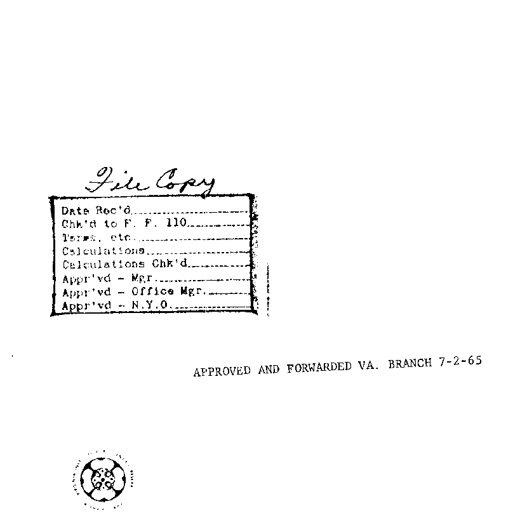
File Copy
Date Rec'd........................
Chk'd to F. F. 110................
Terms, etc........................
Calculations......................
Calculations Chk'd................
Appr'vd - Mgr.....................
Appr'vd - Office Mgr..............
Appr'vd - N.Y.O...................
APPROVED AND FORWARDED VA. BRANCH 7-2-65